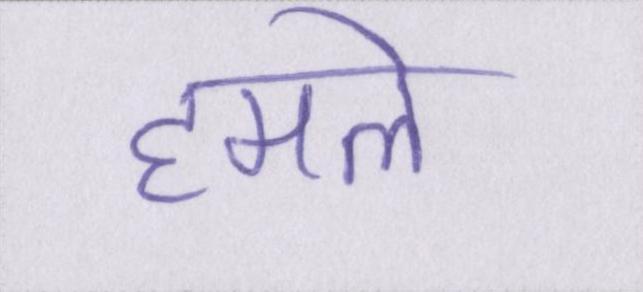
हमले